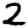
Digit: 2